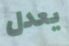
يعدل